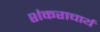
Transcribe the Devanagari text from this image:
शंकराचार्य